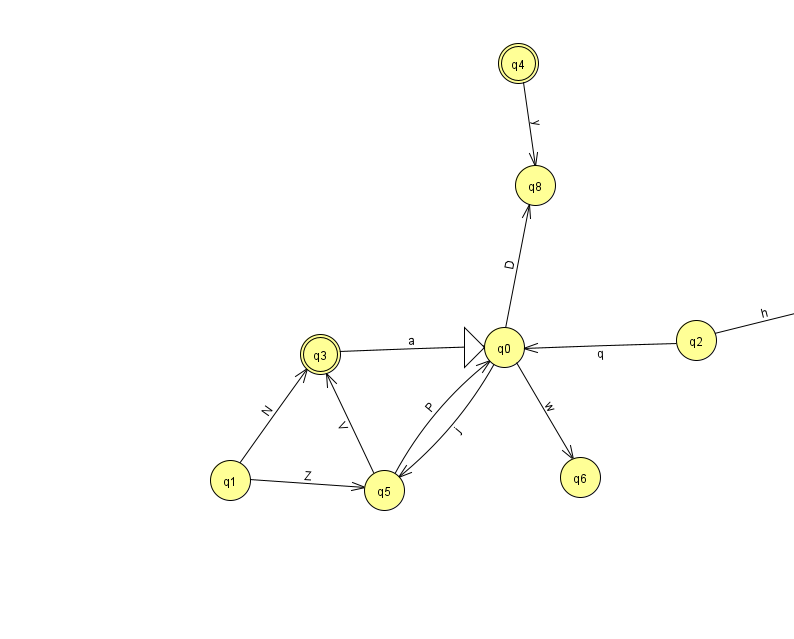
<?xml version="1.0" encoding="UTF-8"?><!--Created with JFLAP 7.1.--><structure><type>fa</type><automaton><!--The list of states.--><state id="0" name="q0"><x>504.0</x><y>334.0</y><initial/></state><state id="1" name="q1"><x>230.0</x><y>467.0</y></state><state id="2" name="q2"><x>696.0</x><y>327.0</y></state><state id="3" name="q3"><x>320.0</x><y>341.0</y><final/></state><state id="4" name="q4"><x>518.0</x><y>50.0</y><final/></state><state id="5" name="q5"><x>384.0</x><y>477.0</y></state><state id="6" name="q6"><x>580.0</x><y>464.0</y></state><state id="7" name="q7"><x>838.0</x><y>292.0</y></state><state id="8" name="q8"><x>535.0</x><y>172.0</y></state><!--The list of transitions.--><transition><from>1</from><to>3</to><read>N</read></transition><transition><from>0</from><to>5</to><read>j</read></transition><transition><from>2</from><to>0</to><read>q</read></transition><transition><from>3</from><to>0</to><read>a</read></transition><transition><from>0</from><to>8</to><read>D</read></transition><transition><from>5</from><to>0</to><read>P</read></transition><transition><from>2</from><to>7</to><read>h</read></transition><transition><from>4</from><to>8</to><read>y</read></transition><transition><from>0</from><to>6</to><read>w</read></transition><transition><from>5</from><to>3</to><read>V</read></transition><transition><from>1</from><to>5</to><read>Z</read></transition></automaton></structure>